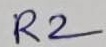
Text: R2